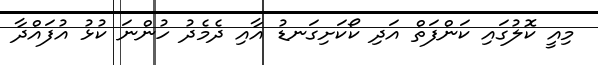
މިއީ ކޮލުގައި ކަންފަތް އަދި ކޯކަށިގަނޑު އާއި ދެމެދު ހުންނަ ކުޅު އުފައްދާ